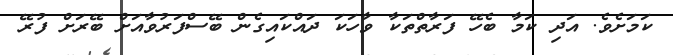
ކަމަށެވެ. އަދި ކަމާ ބެހޭ ފަރާތްތަކާ ވާހަކަ ދައްކައިގެން ބޭސްފަރުވާއަށް ބޭރަށް ފުރޭ